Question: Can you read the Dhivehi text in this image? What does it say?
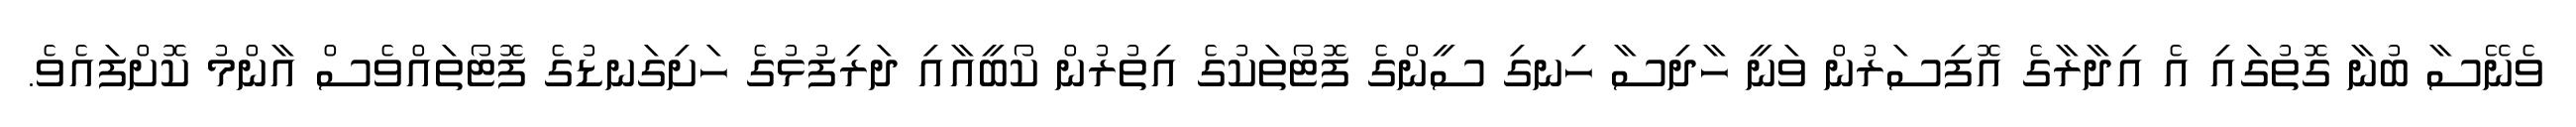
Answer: ވެނޭސާ ބުނާ ގޮތުގައި އެ އިދާރާގެ އޮފިސަރުން ވަނީ ހާދިސާ ހިނގި ސީންގެ ފޮޓޯތަކުގެ އިތުރުން ކޯބީއާއި ދަރިފުޅުގެ ހަށިގަނޑުގެ ފޮޓޯތައްވެސް އާންމު ކޮށްފައެވެ.